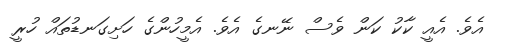
އެވެ. އެއީ ކާކު ކަން ވެސް ނޭނގެ އެވެ. އެމީހުންގެ ހަށިގަނޑުތައް ހުރީ